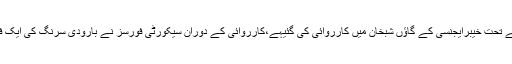
آئی ایس پی آر کے مطابق خیبرایجنسی میں آپریشن ردالفساد کے تحت خیبرایجنسی کے گاؤں شبخان میں کارروائی کی گئیہے،کارروائی کے دوران سیکورٹی فورسز نے بارودی سرنگ کی ایک فیکٹری سمیت چار غاریں اور تین کمپاؤنڈز کلیئر کردئیے ہیں۔